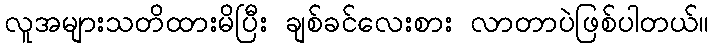
လူအများသတိထားမိပြီး ချစ်ခင်လေးစား လာတာပဲဖြစ်ပါတယ်။